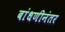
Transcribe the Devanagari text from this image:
बांधणीनंतर